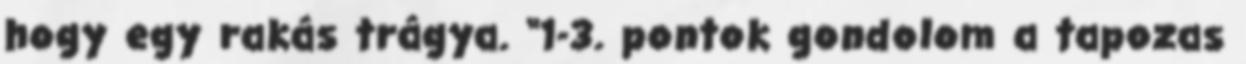
hogy egy rakás trágya. “1-3. pontok gondolom a tapozas